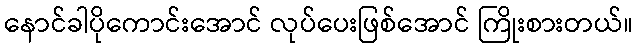
နောင်ခါပိုကောင်းအောင် လုပ်ပေးဖြစ်အောင် ကြိုးစားတယ်။